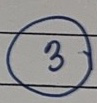
3